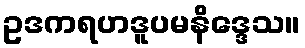
ဥဒကရဟဒူပမနိဒ္ဒေသ။